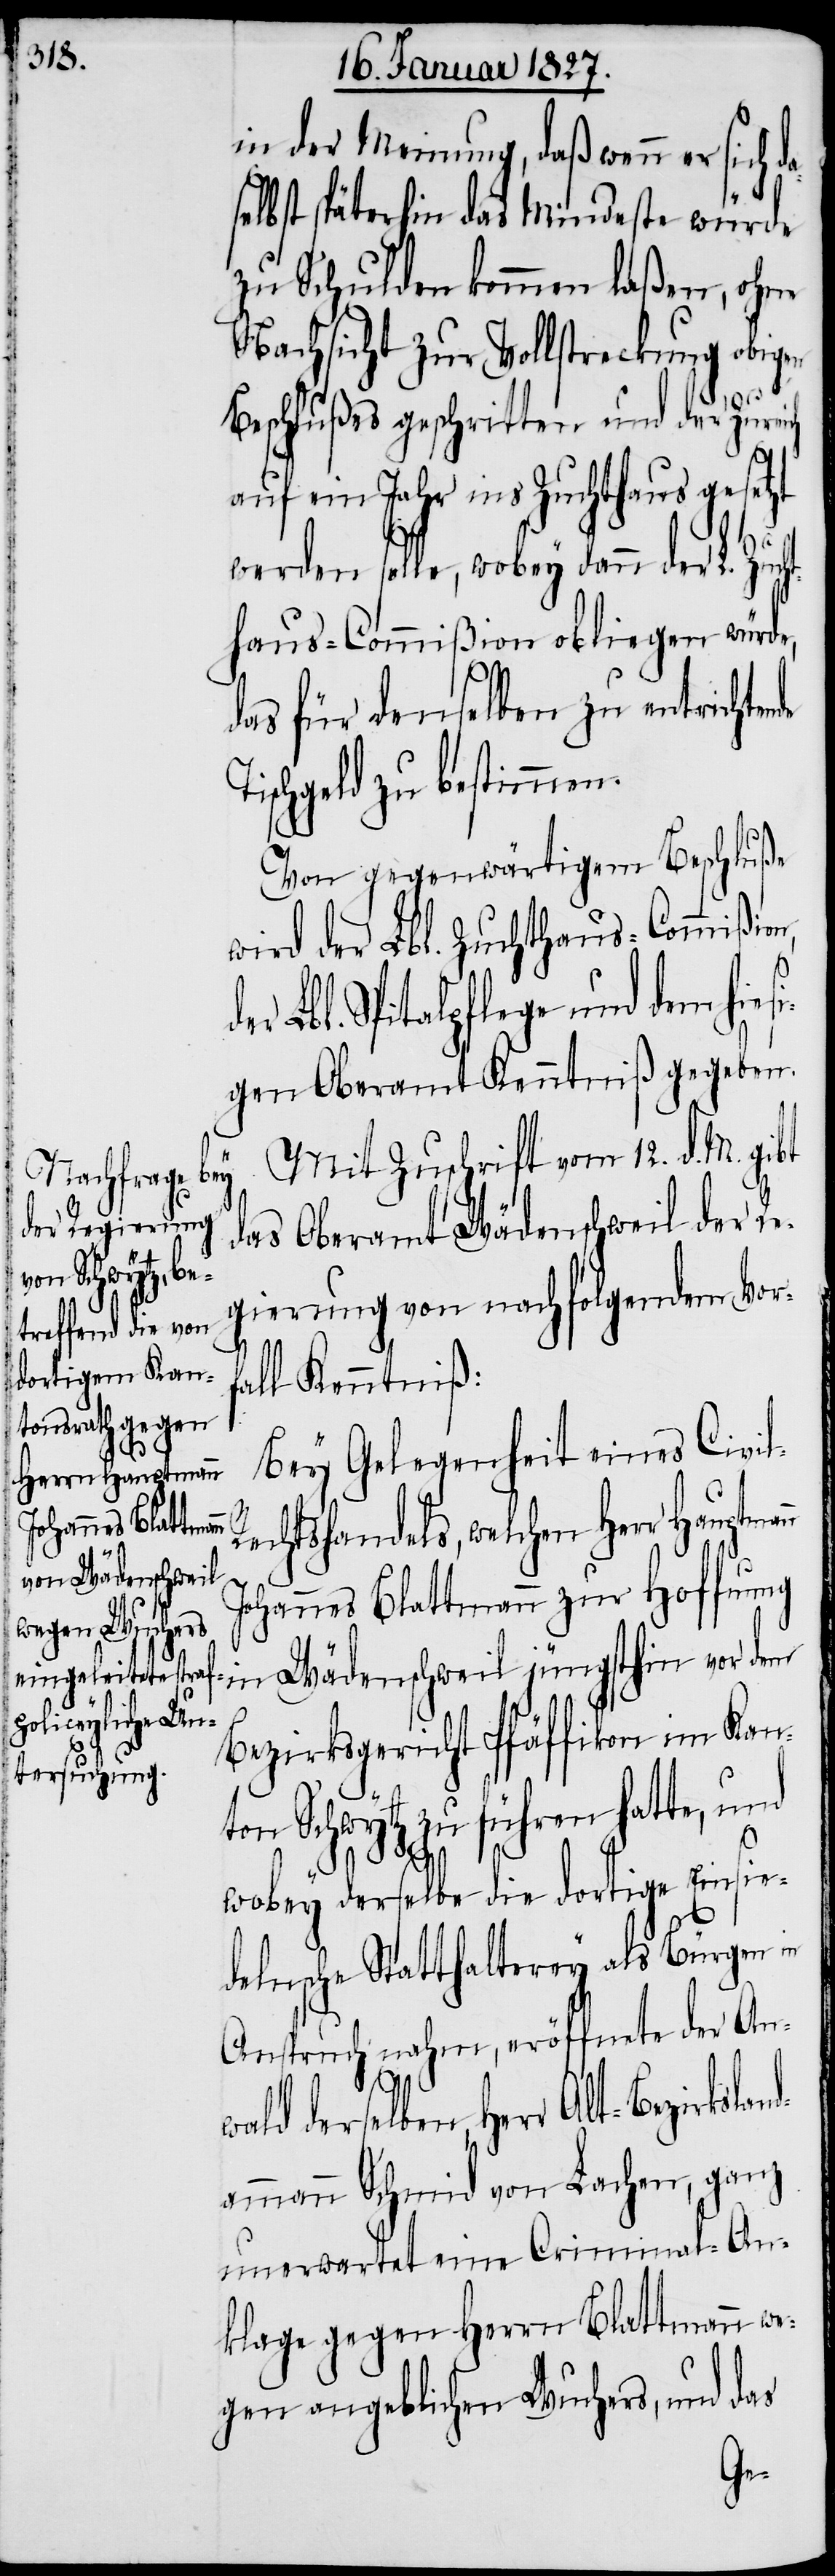
Herr Hauptmann

in der Meinung, daß wenn er sich d¬
elbst späterhin das Mindeste würde
zu Schulden kommen laßen, ohne
Nachsicht zur Vollstreckung obigen
Beschlußes geschritten und der Zureich
auf ein Jahr ins Zuchthaus gesetzt
werden solle, wobey dann der L. Zuc¬
hthaus-Commißion obliegen würde,
das für denselben zu entrichten¬
ischgeld zu bestimmen.
Von gegenwärtigem Beschluß
wird der Lbl. Zuchthaus-Commißio¬
n,
Lbl. Spitalpflege und dem hies¬
igen Oberamt Kenntniß gegeben.
Mit Zuschrift vom 12. d. M. gibt
das Oberamt Wädenschweil der Re¬
gierung von nachfolgendem Vor¬
l Kenntniß:
Bey Gelegenheit eines Civi¬
echtshandels, welchen
ohannes Blattmann zur Hoffnung
in Wädenschweil jüngsthin vor dem
Bezirksgericht Pfäffikon im Kan¬
ton Schwytz zu führen hatte, und
wobey derselbe die dortige Einsie¬
delnsche Statthalterey als Bürgen
Anspruch nahm, eröffnete der An¬
and¬
wald derselben, Herr Alt-Bezirksl¬
ammann Schmid von Lachen, ganz
unerwartet eine Criminal-An¬
klage gegen Herrn Blattmann we¬
gen angeblichen Wuchers, und das
l-R¬